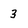
Character: 3